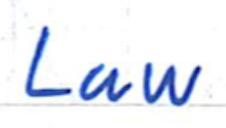
Text: Law
Cross-out: clean
Writing tool: ballpoint